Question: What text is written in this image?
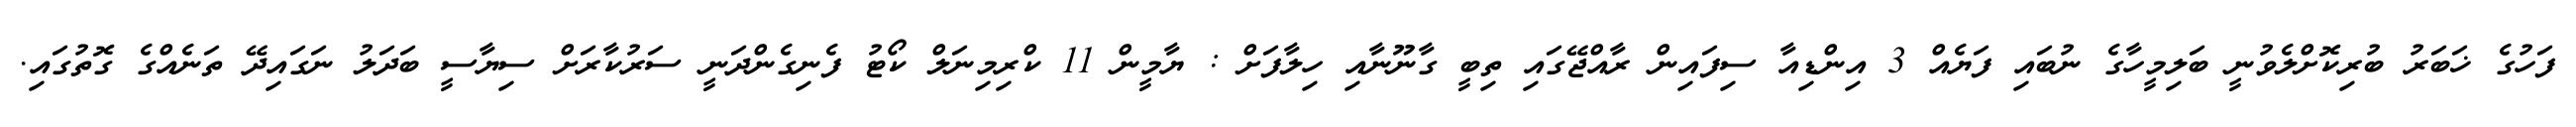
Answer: ފަހުގެ ޚަބަރު ބުރިކޮށްލެވުނީ ބަލިމީހާގެ ނުބައި ފަޔެއް 3 އިންޑިއާ ސިފައިން ރާއްޖޭގައި ތިބީ ގާނޫނާއި ހިލާފަށް : ޔާމީން 11 ކްރިމިނަލް ކޯޓު ފެނިގެންދަނީ ސަރުކާރަށް ސިޔާސީ ބަދަލު ނަގައިދޭ ތަނެއްގެ ގޮތުގައި.